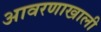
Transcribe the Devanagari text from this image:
आवरणाखाली